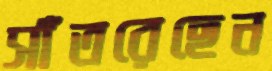
সাঁতরেছেন